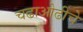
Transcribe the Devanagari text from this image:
चढाओढीचे